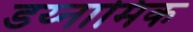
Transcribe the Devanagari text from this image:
डय्नामिक